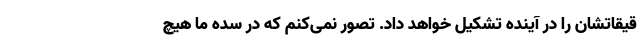
قیقاتشان را در آینده تشکیل خواهد داد. تصور نمی‌کنم که در سده ما هیچ‌